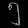
Digit: ၅